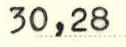
30,28